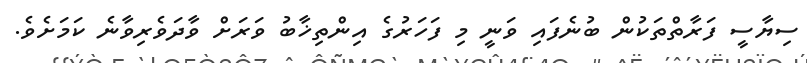
ސިޔާސީ ފަރާތްތަކުން ބުނެފައި ވަނީ މި ފަހަރުގެ އިންތިޚާބު ވަރަށް ވާދަވެރިވާނެ ކަމަށެވެ.